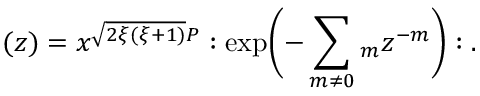
\L ( z ) = x ^ { \sqrt { 2 \xi ( \xi + 1 ) } P } : \exp \biggl ( - \sum _ { m \ne 0 } \l _ { m } z ^ { - m } \biggr ) : .